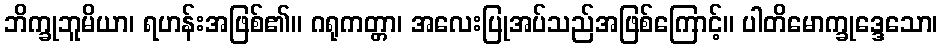
ဘိက္ခုဘူမိယာ၊ ရဟန်းအဖြစ်၏။ ဂရုကတ္တာ၊ အလေးပြုအပ်သည်အဖြစ်ကြောင့်။ ပါတိမောက္ခုဒ္ဒေသော၊